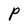
Character: P